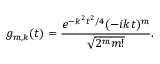
g _ { m , k } ( t ) = \frac { e ^ { - k ^ { 2 } t ^ { 2 } / 4 } ( - i k t ) ^ { m } } { \sqrt { 2 ^ { m } m ! } } .